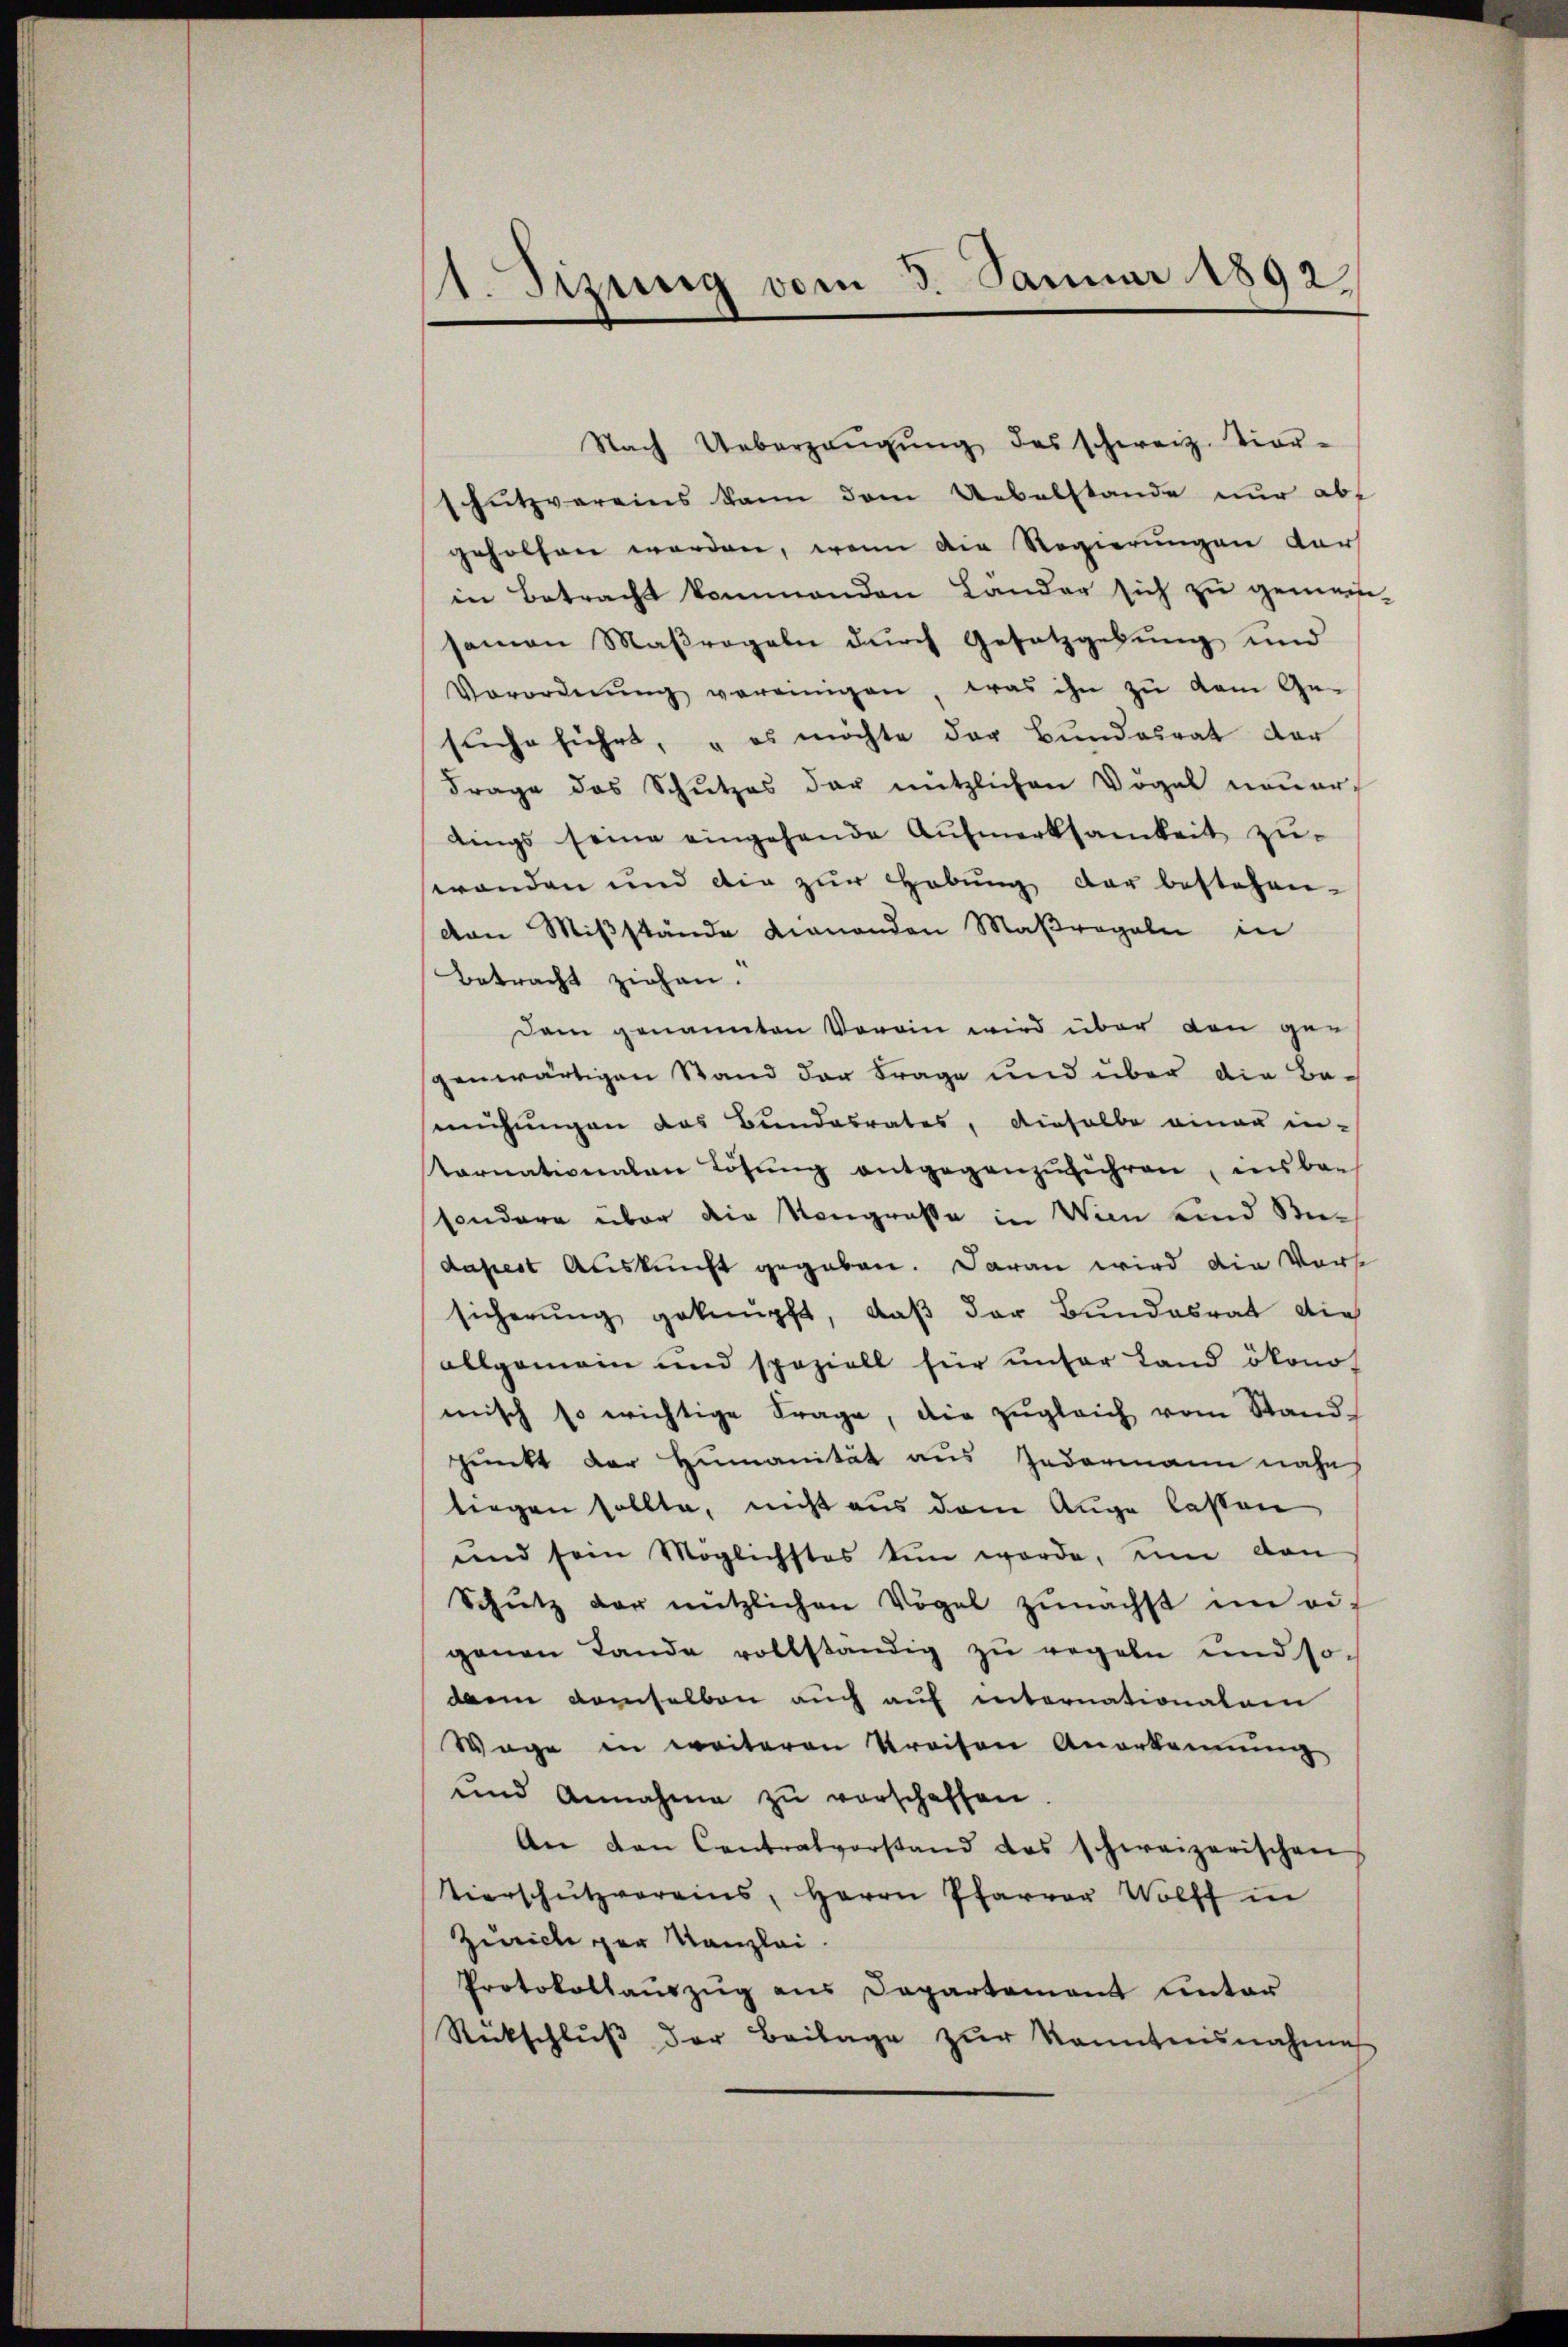
1. Jung vom 3. Januar 1892.

Nach Ueberzeŭgŭng des schweiz. Vier-
schutzvereins kann dem Uebelstande nur abf
geholfen werden, wenn die Regierungen dar
in Betracht kommenden Länder sich zu gemein-
samen Maßregeln durch Gesetzgebung und
Verordnŭng vereinigen, was ihn zŭ dem Ge-
suche führt, es möchte der Bundesrat der
Frage des Schutzes der nützlichen Vögel neuer
dings seine eingehende Aufmerksamkeit zu-
wanden und die zur Hebung der bestehen-
von Mißstände dienenden Maßregeln in
Betracht ziehen.
Dem genannten Verein wird über den gegenwärtigen Stand der Frage und über die Be-
mühungen das Bundesrates, dieselbe einer in-
tornationalen Lösŭng entgegenzŭführen, insbar
sondere über die Neugrosse in Von und Bedapest Auskunft gegeben. Daran wird die Vorst
sicherung geknüpft, daß der Bundesrat die
allgemein und speziell für unser Land ökono-
misch so erichtige Frage, die zŭgleich vom Stand-
punkt der Humanität aus Jedermann nahe
liegen sollte, nicht aus dem Auge lassen
und sein Möglichstes tun werde, ein dan
Schütz der nützlichen Vögel zŭnächst in eif
genen Lande vollständig zu regeln und sodann demselben auch auf enternationalem
Wage in weiteren Kreisen Anerkennung
und Annahme zŭ verschaffen.
An den Contralvorstand das schweizerischen
Vierschützvereins, Herrn Pfarrer Wolff in
Zwicke der Kanzlei.
Protokollauszug aus Departement unter
Rückschlŭβ der Beilage zŭr Kenntnisnahme